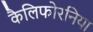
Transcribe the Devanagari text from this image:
कैलिफोरनिया